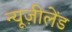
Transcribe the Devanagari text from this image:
न्यूज़ीलेंड